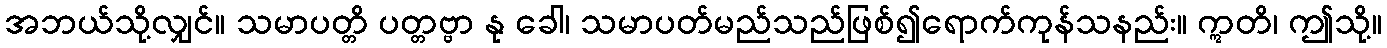
အဘယ်သို့လျှင်။ သမာပတ္တိ ပတ္တဗ္ဗာ နု ခေါ၊ သမာပတ်မည်သည်ဖြစ်၍ရောက်ကုန်သနည်း။ ဣတိ၊ ဤသို့။